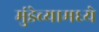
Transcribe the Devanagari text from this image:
मुंडेच्यामध्ये